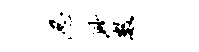
忍渺数